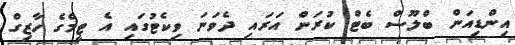
އިންޑިއަން ބްލޫސް ބެޓް ކުރަން އަރައި ދެވަނަ ވިކެޓުގައި އެ ޓީމްގެ ހާޒިގް